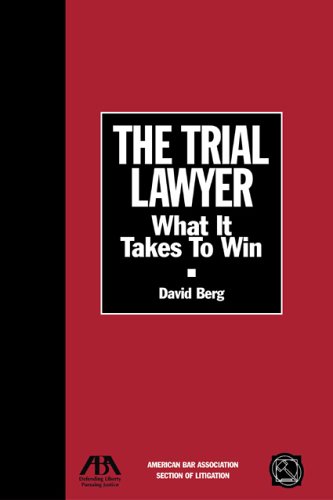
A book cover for The Trial Lawyer: What It Takes to Win (Section of Litigation's Monograph Series); David Berg; Law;